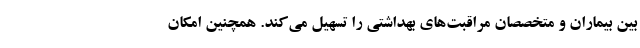
بین بیماران و متخصصان مراقبت‌های بهداشتی را تسهیل می‌کند. همچنین امکان